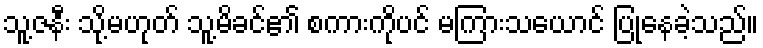
သူ့ဇနီး သို့မဟုတ် သူ့မိခင်၏ စကားကိုပင် မကြားသယောင် ပြုနေခဲ့သည်။